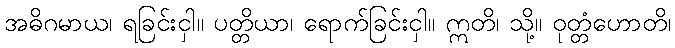
အဓိဂမာယ၊ ရခြင်းငှါ။ ပတ္တိယာ၊ ရောက်ခြင်းငှါ။ ဣတိ၊ သို့။ ဝုတ္တံဟောတိ၊